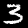
Label: 3